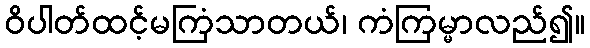
ဝိပါတ်ထင့်မကြံသာတယ်၊ ကံကြမ္မာလည်၍။